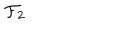
{ \cal F } _ { 2 }